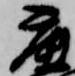
鹿